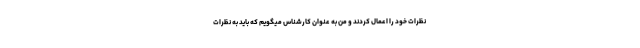
نظرات خود را اعمال کردند و من به عنوان کارشناس میگویم که باید به نظرات